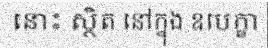
នោះ ស្ថិត នៅក្នុង ឧបេក្ខា